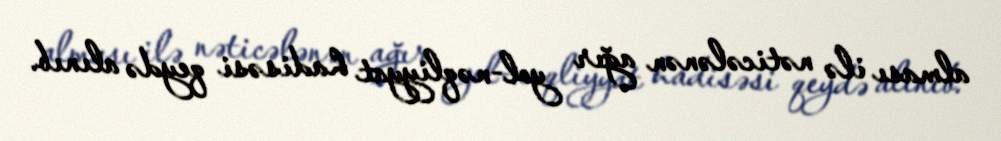
alması ilə nəticələnən ağır yol-nəqliyyat hadisəsi qeydə alınıb.